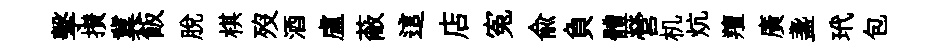
擊攅冀飯脫棋歿酒盧蔽這店寃俞負體營机炕羶廣盞玳包